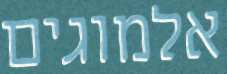
אלמוגים